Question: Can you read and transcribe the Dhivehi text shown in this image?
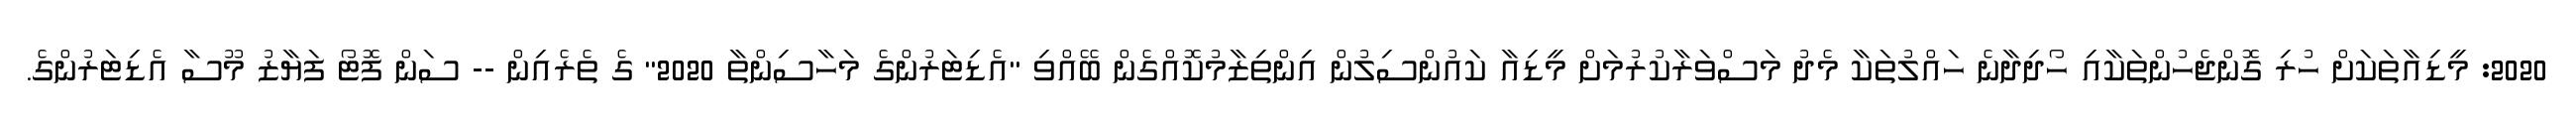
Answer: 2020: މީޑިއާތަކަށް ހުރި ގޮންޖެހުންތަކާއި ހޯދިދާނެ ހައްލުތަކާ މެދު މަސްވަރާކުރުމަށް މީޑިއާ ކައުންސިލުން އިންތިޒާމުކޮއްގެން ބޭއްވި "އެޑިޓަރުންގެ މަހާސިންތާ 2020" ގެ ތެރެއިން -- ސަން ފޮޓޯ ފަޔާޒު މޫސާ އެޑިޓަރުންގެ.